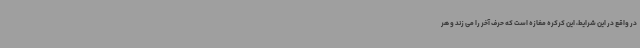
در واقع در این شرایط، این کرکره مغازه است که حرف آخر را می زند و هر